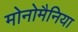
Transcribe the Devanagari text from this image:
मोनोमैनिया